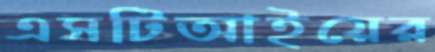
এসটিআইয়ের